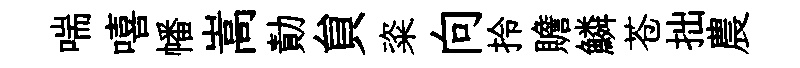
喘嘻幡嵩勣貟粢向拎贍鱗苍拙農